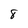
Character: 8